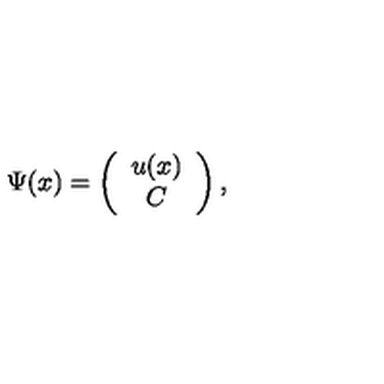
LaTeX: \Psi ( x ) = \left( \begin{array} { c } { u ( x ) } \\ { C } \\ \end{array} \right) ,